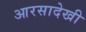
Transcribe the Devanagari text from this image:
आरसादेखी